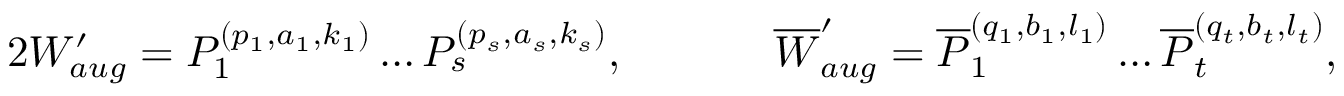
\begin{array} { r l r l } { { 2 } W _ { a u g } ^ { \prime } = P _ { 1 } ^ { ( p _ { 1 } , a _ { 1 } , k _ { 1 } ) } \dots P _ { s } ^ { ( p _ { s } , a _ { s } , k _ { s } ) } , \; \; } & { } & & { \overline { { W } } _ { a u g } ^ { \prime } = \overline { { P } } _ { 1 } ^ { ( q _ { 1 } , b _ { 1 } , l _ { 1 } ) } \dots \overline { { P } } _ { t } ^ { ( q _ { t } , b _ { t } , l _ { t } ) } , } \end{array}